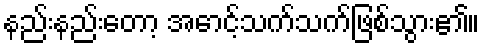
နည်းနည်းတော့ အောင့်သက်သက်ဖြစ်သွား၏။